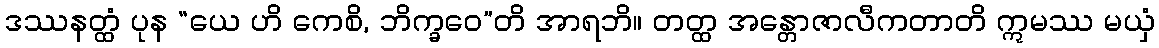
ဒဿနတ္ထံ ပုန “ယေ ဟိ ကေစိ, ဘိက္ခဝေ”တိ အာရဘိ။ တတ္ထ အန္တောဇာလီကတာတိ ဣမဿ မယှံ